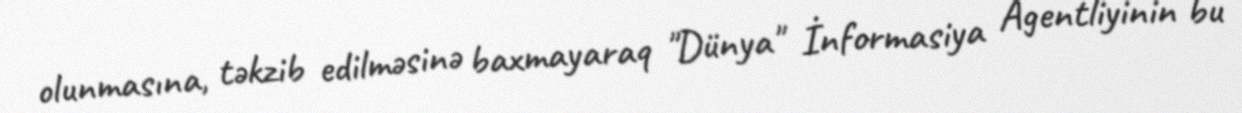
olunmasına, təkzib edilməsinə baxmayaraq "Dünya" İnformasiya Agentliyinin bu